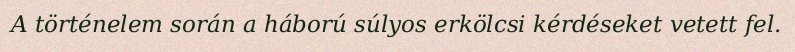
A történelem során a háború súlyos erkölcsi kérdéseket vetett fel.